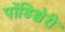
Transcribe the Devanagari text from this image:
पोंडिच्चेरी